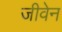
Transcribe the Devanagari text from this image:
जीवेन